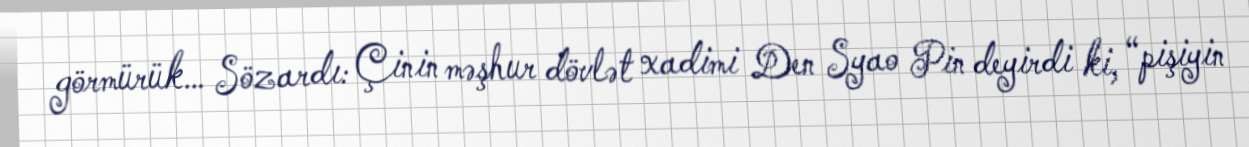
görmürük… Sözardı: Çinin məşhur dövlət xadimi Den Syao Pin deyirdi ki, “pişiyin